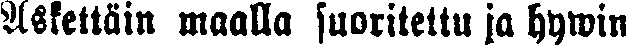
Äskettäin maalla suoritettu ja hywin